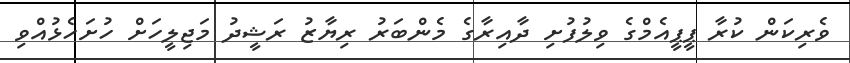
ވެރިކަން ކުރާ ޕީޕީއެމްގެ ވިލުފުށި ދާއިރާގެ މެންބަރު ރިޔާޒު ރަޝީދު މަޖިލީހަށް ހުށަހެޅުއްވި